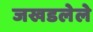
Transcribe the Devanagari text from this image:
जखडलेले